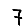
Digit: 7